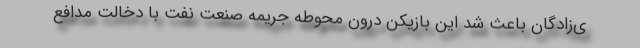
ی‌زادگان باعث شد این بازیکن درون محوطه جریمه صنعت نفت با دخالت مدافع